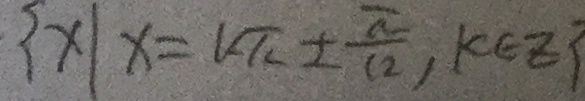
\{ x \vert x = l \pi \pm \frac { \pi } { 1 2 } , k \pi z \}